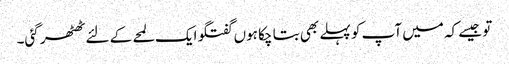
تو جیسے کہ میں آپ کو پہلے بھی بتا چکا ہوں گفتگو ایک لمحے کے لئے ٹھٹھر گئی۔